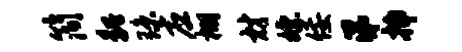
简貌琼应棚材嫖佞涕插